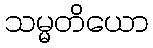
သမ္မတိယော